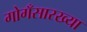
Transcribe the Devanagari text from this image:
गोगँसारख्या